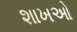
શાખઓ